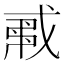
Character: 𢧟